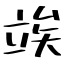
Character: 竢